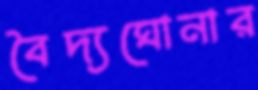
বৈদ্যঘোনার